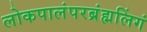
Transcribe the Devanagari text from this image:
लोकपालंपरब्रंह्मलिंगं